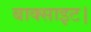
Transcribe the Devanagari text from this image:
बाक्साइट।